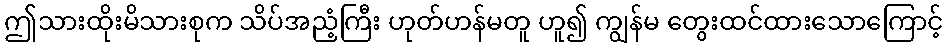
ဤသားထိုးမိသားစုက သိပ်အညံ့ကြီး ဟုတ်ဟန်မတူ ဟူ၍ ကျွန်မ တွေးထင်ထားသောကြောင့်